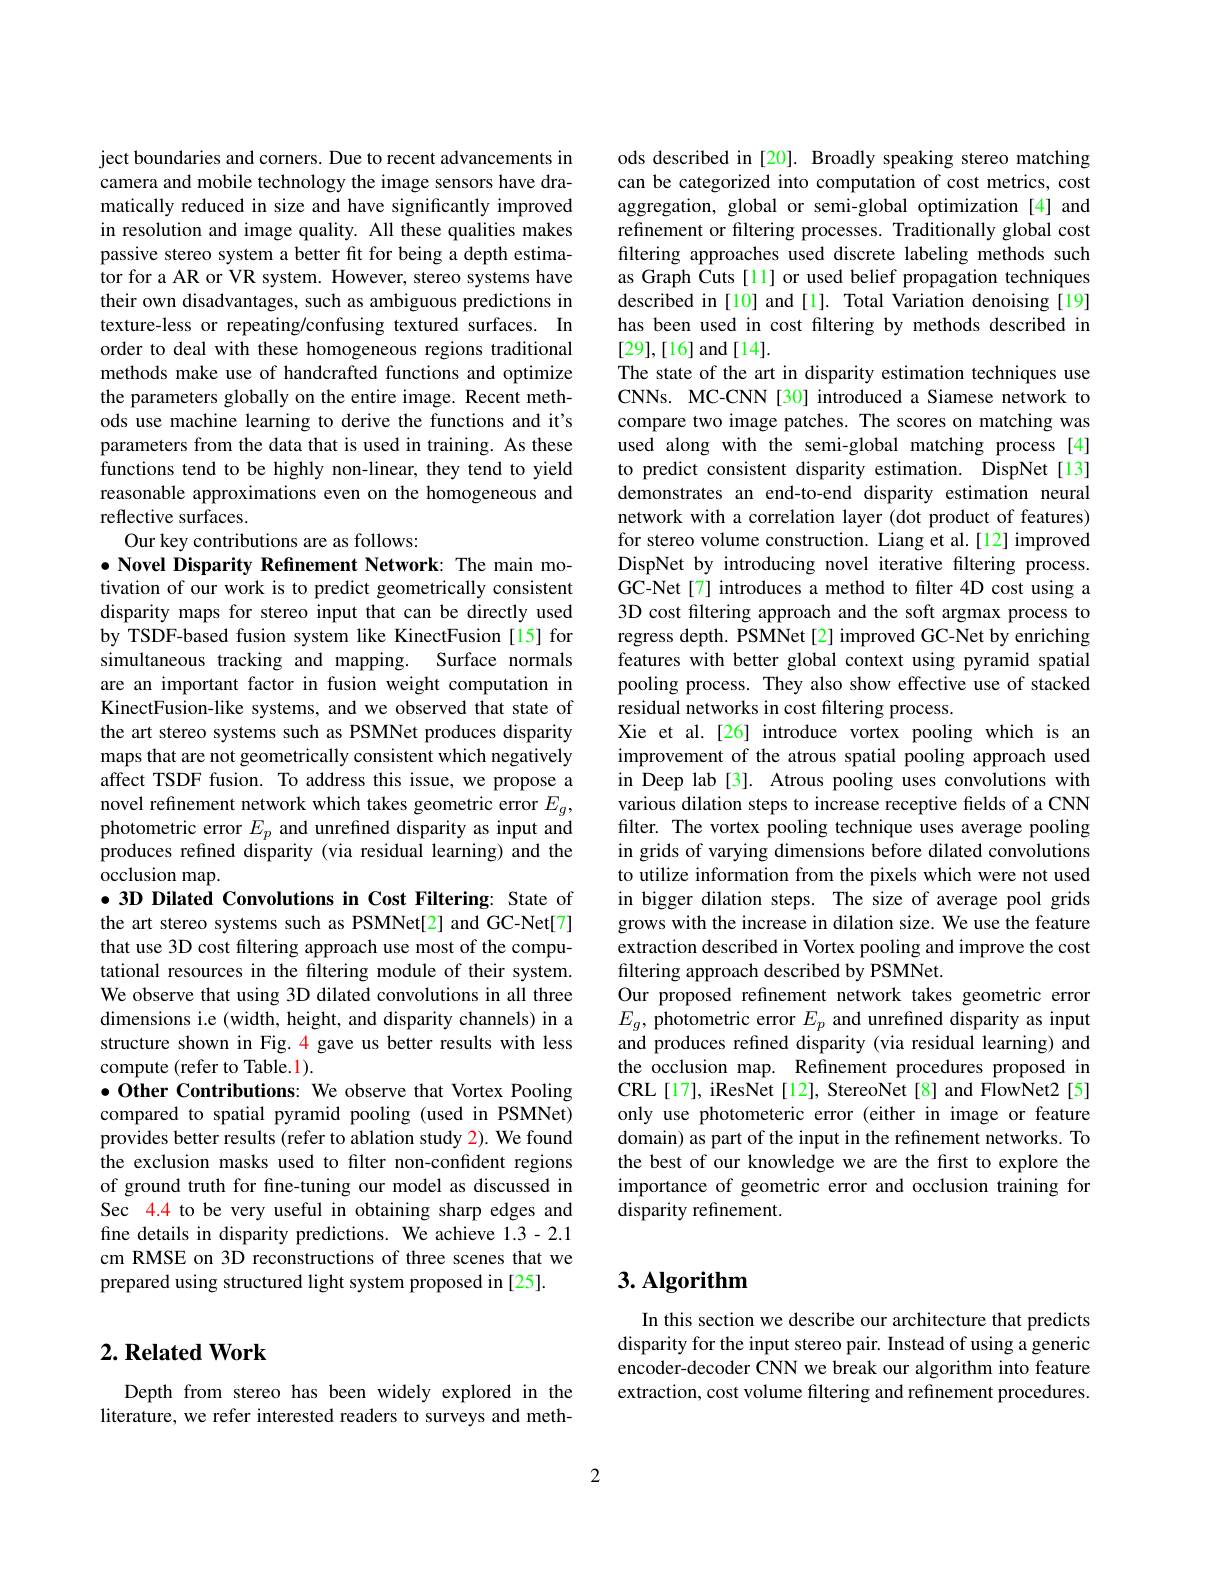
ject boundaries and corners. Due to recent advancements in camera and mobile technology the image sensors have dramatically reduced in size and have significantly improved in resolution and image quality. All these qualities makes passive stereo system a better fit for being a depth estimator for a AR or VR system. However, stereo systems have their own disadvantages, such as ambiguous predictions in texture-less or repeating/confusing textured surfaces. In order to deal with these homogeneous regions traditional methods make use of handcrafted functions and optimize the parameters globally on the entire image. Recent methods use machine learning to derive the functions and it's parameters from the data that is used in training. As these functions tend to be highly non-linear, they tend to yield reasonable approximations even on the homogeneous and reflective surfaces.
Our key contributions are as follows:

$\bullet$ Novel Disparity Refinement Network: The main motivation of our work is to predict geometrically consistent disparity maps for stereo input that can be directly used by TSDF-based fusion system like KinectFusion [15] for simultaneous tracking and mapping. Surface normals are an important factor in fusion weight computation in KinectFusion-like systems, and we observed that state of the art stereo systems such as PSMNet produces disparity maps that are not geometrically consistent which negatively affect TSDF fusion. To address this issue, we propose a novel refinement network which takes geometric error $E_g$, photometric error $E_p$ and unrefined disparity as input and produces refined disparity (via residual learning) and the occlusion map.
$\bullet$ 3D Dilated Convolutions in Cost Filtering: State of the art stereo systems such as PSMNet[2] and GC-Net[7] that use 3D cost filtering approach use most of the computational resources in the filtering module of their system. We observe that using 3D dilated convolutions in all three dimensions i.e (width, height, and disparity channels) in a structure shown in Fig. 4 gave us better results with less compute (refer to Table.1).
$\bullet$ Other Contributions: We observe that Vortex Pooling compared to spatial pyramid pooling (used in PSMNet) provides better results (refer to ablation study 2). We found the exclusion masks used to filter non-confident regions of ground truth for fine-tuning our model as discussed in Sec 4.4 to be very useful in obtaining sharp edges and fine details in disparity predictions. We achieve 1.3-2.1 cm RMSE on 3D reconstructions of three scenes that we

prepared using structured light system proposed in [25].

## $2. \textbf{Related Work}$

Depth from stereo has been widely explored in the literature, we refer interested readers to surveys and meth-

ods described in [20]. Broadly speaking stereo matching can be categorized into computation of cost metrics, cost aggregation, global or semi-global optimization [4] and refinement or filtering processes. Traditionally global cost filtering approaches used discrete labeling methods such as Graph Cuts[11] or used belief propagation techniques described in[10] and[1]. Total Variation denoising[19] has been used in cost filtering by methods described in [29],[16] and[14].
The state of the art in disparity estimation techniques use CNNs. MC-CNN[30] introduced a Siamese network to compare two image patches. The scores on matching was used along with the semi-global matching process [4] to predict consistent disparity estimation. DispNet[13] demonstrates an end-to-end disparity estimation neural network with a correlation layer (dot product of features) for stereo volume construction. Liang et al.[12] improved DispNet by introducing novel iterative filtering process. GC-Net[7] introduces a method to filter 4D cost using a 3D cost filtering approach and the soft argmax process to regress depth. PSMNet [2] improved GC-Net by enriching features with better global context using pyramid spatial pooling process. They also show effective use of stacked residual networks in cost filtering process.
Xie et al.[26] introduce vortex pooling which is an improvement of the atrous spatial pooling approach used in Deep lab [3]. Atrous pooling uses convolutions with various dilation steps to increase receptive fields of a CNN filter. The vortex pooling technique uses average pooling in grids of varying dimensions before dilated convolutions to utilize information from the pixels which were not used in bigger dilation steps. The size of average pool grids grows with the increase in dilation size. We use the feature extraction described in Vortex pooling and improve the cost filtering approach described by PSMNet.
Our proposed refinement network takes geometric error $E_{g}$, photometric error $E_p$ and unrefined disparity as input and produces refined disparity (via residual learning) and the occlusion map. Refinement procedures proposed in CRL[17], iResNet[12], StereoNet[8] and FlowNet2[5] only use photometeric error (either in image or feature domain) as part of the input in the refinement networks. To the best of our knowledge we are the first to explore the importance of geometric error and occlusion training for disparity refinement.

## $3. \textbf{Algorithm}$

In this section we describe our architecture that predicts disparity for the input stereo pair. Instead of using a generic encoder-decoder CNN we break our algorithm into feature extraction, cost volume filtering and refinement procedures.

2